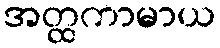
အတ္ထကာမာယ